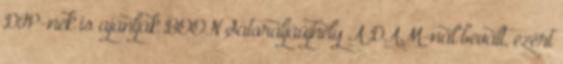
DIP-nek is ajánlják BOON Sátoraljaújhely A DAM-nál bevált, ezért